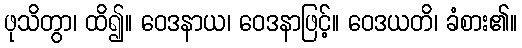
ဖုသိတွာ၊ ထိ၍။ ဝေဒနာယ၊ ဝေဒနာဖြင့်။ ဝေဒယတိ၊ ခံစား၏။